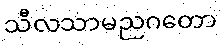
သီလသာမညဂတော